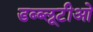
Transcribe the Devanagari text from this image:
डब्ब्लूटीओ